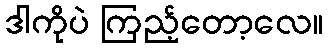
ဒါကိုပဲ ကြည့်တော့လေ။